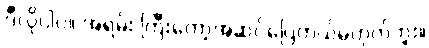
ဒီလိုပါပဲ။ အရမ်း ကြီးတော့အဆင်ပြေတယ်မဟုတ်ဘူး။